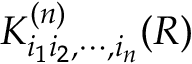
K _ { i _ { 1 } i _ { 2 } , \cdots , i _ { n } } ^ { ( n ) } ( R )